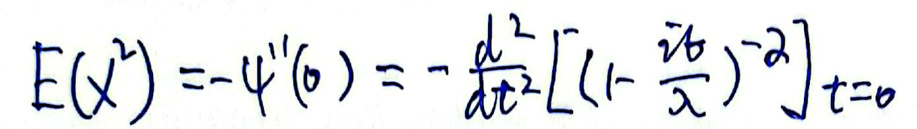
\[
E(X^{2})=-\psi^{\prime\prime}(0)=-\frac{d^{2}}{d t^{2}}\left[\left(1-\frac{i t}{\lambda}\right)^{-2}\right]_{t = 0}
\]